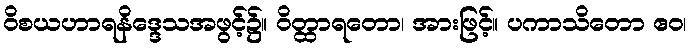
ဝိစယဟာရနိဒ္ဒေသအဖွင့်၌။ ဝိတ္ထာရတော၊ အားဖြင့်။ ပကာသိတော ဧဝ၊